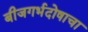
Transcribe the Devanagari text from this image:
बीजगर्भदोषाचा